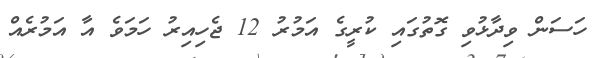
ހަސަން ވިދާޅުވި ގޮތުގައި ކުރީގެ އަމުރު 12 ޖެހިއިރު ހަމަވެ އާ އަމުރެއް